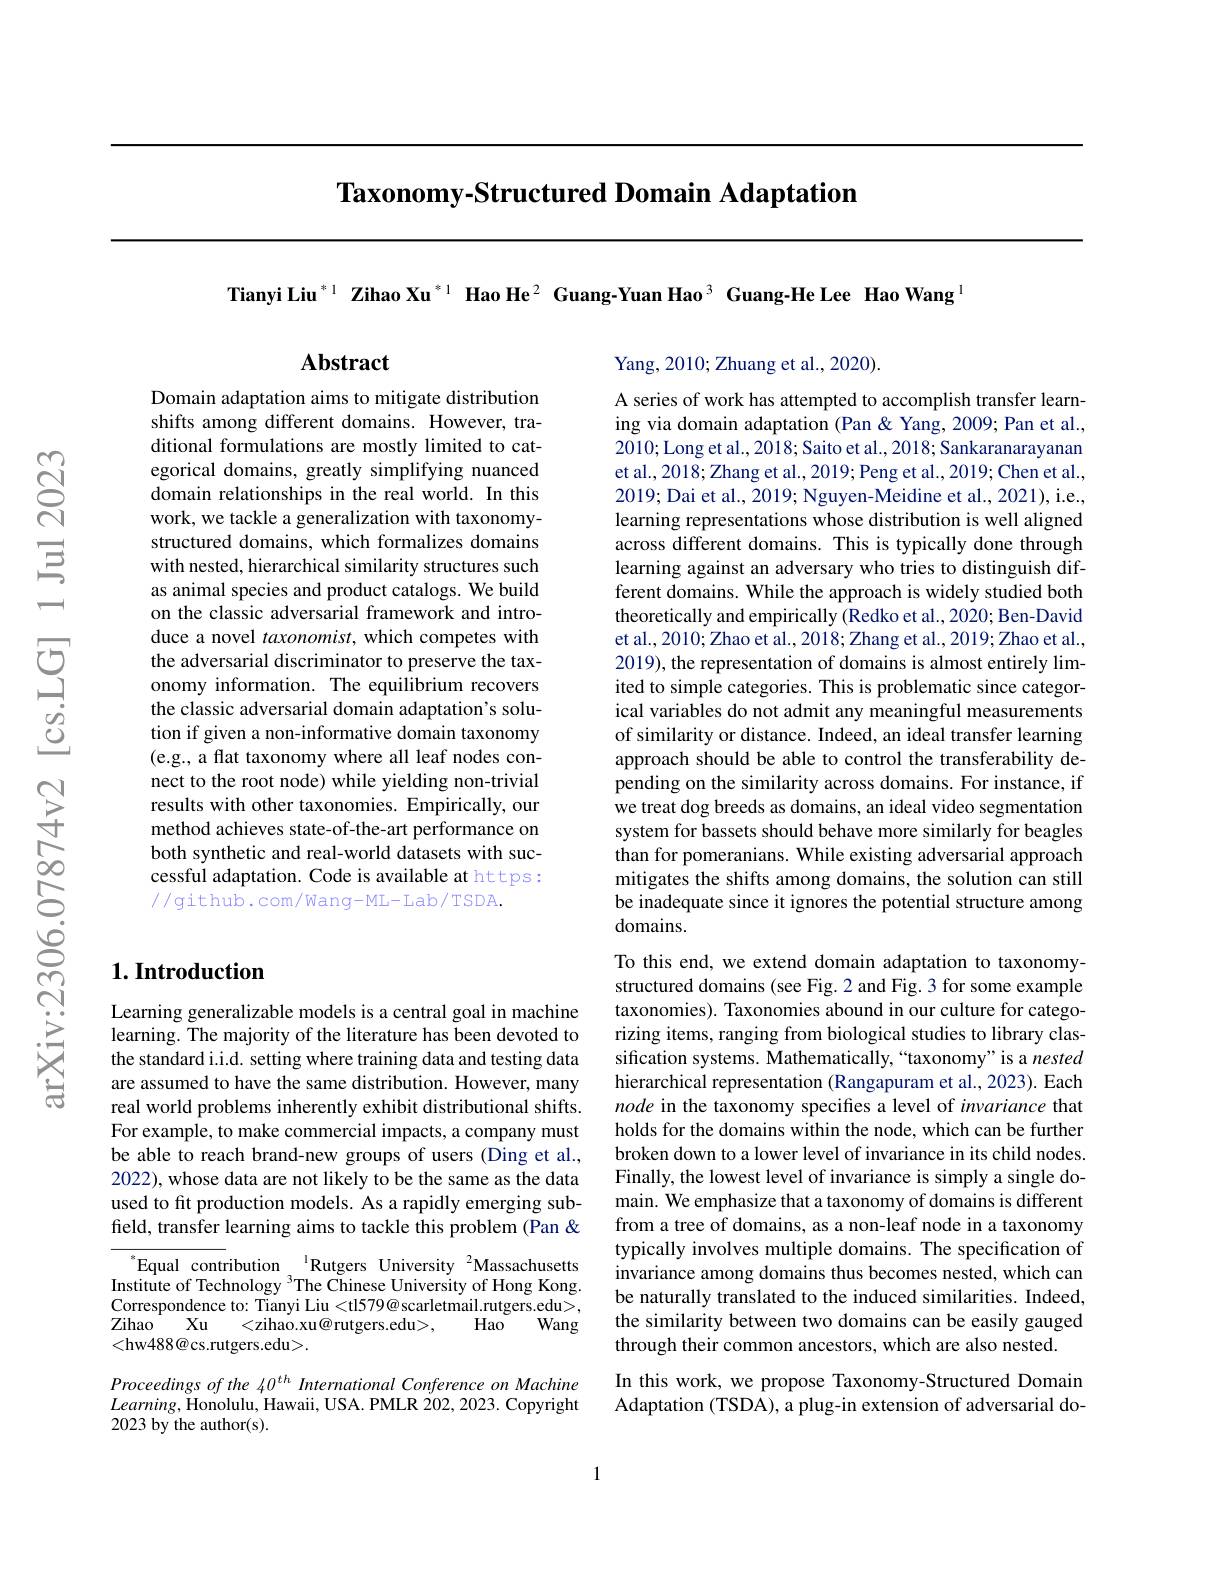
Taxonomy-Structured Domain Adaptation

Tianyi Liu$^{*1}$ Zihao Xu$^{*1}$ Hao He$^{2}$ Guang-Yuan Hao$^{3}$ Guang-He Lee Hao Wang$^{1}$

$\mathbf{Abstract}$

Domain adaptation aims to mitigate distribution shifts among different domains. However, traditional formulations are mostly limited to categorical domains, greatly simplifying nuanced domain relationships in the real world. In this work, we tackle a generalization with taxonomystructured domains, which formalizes domains with nested, hierarchical similarity structures such as animal species and product catalogs. We build on the classic adversarial framework and introduce a novel taxonomist, which competes with the adversarial discriminator to preserve the taxonomy information. The equilibrium recovers the classic adversarial domain adaptation's solution if given a non-informative domain taxonomy (e.g., a flat taxonomy where all leaf nodes connect to the root node) while yielding non-trivial results with other taxonomies. Empirically, our method achieves state-of-the-art performance on both synthetic and real-world datasets with successful adaptation. Code is available at https: //github.com/Wang-ML-Lab/TSDA.

## $1. \textbf{Introduction}$

Learning generalizable models is a central goal in machine learning. The majority of the literature has been devoted to the standard i.i.d. setting where training data and testing data are assumed to have the same distribution. However, many real world problems inherently exhibit distributional shifts. For example, to make commercial impacts, a company must be able to reach brand-new groups of users (Ding et al., 2022), whose data are not likely to be the same as the data used to ft production models. As a rapidly emerging subfield, transfer learning aims to tackle this problem (Pan &

$^{*}$Equal contribution $^{\text{I}}$Rutgers University$^{2}$Massachusetts Institute of Technology $^3$The Chinese University of Hong Kong. Correspondence to: Tianyi Liu <tl579@ scarletmail.rutgers.edu>, ${\mathrm{Zihao}}$ Xu
$<\tilde{\text{zihao.xu@rutgers.edu>}}$,
Hao $^{\mathrm{~}}$
Wang
<hw488@cs.rutgers.edu>.

Proceedings of the 40$^{th}$ International Conference on Machine $Learning$,Honolulu, Hawaii, USA. PMLR 202,2023. Copyright 2023 by the author(s).

Yang, 2010; Zhuang et al., 2020).

A series of work has attempted to accomplish transfer learning via domain adaptation (Pan & Yang, 2009; Pan et al., 2010; Long et al., 2018; Saito et al., 2018; Sankaranarayanan et al., 2018; Zhang et al., 2019; Peng et al., 2019; Chen et al., 2019; Dai et al., 2019; Nguyen-Meidine et al., 2021), i.e., learning representations whose distribution is well aligned across different domains. This is typically done through learning against an adversary who tries to distinguish different domains. While the approach is widely studied both theoretically and empirically (Redko et al., 2020; Ben-David et al., 2010; Zhao et al., 2018; Zhang et al., 2019; Zhao et al., 2019), the representation of domains is almost entirely limited to simple categories. This is problematic since categorical variables do not admit any meaningful measurements of similarity or distance. Indeed, an ideal transfer learning approach should be able to control the transferability depending on the similarity across domains. For instance, if we treat dog breeds as domains, an ideal video segmentation system for bassets should behave more similarly for beagles than for pomeranians. While existing adversarial approach mitigates the shifts among domains, the solution can still be inadequate since it ignores the potential structure among domains.
To this end, we extend domain adaptation to taxonomystructured domains (see Fig.2 and Fig.3 for some example taxonomies). Taxonomies abound in our culture for categorizing items, ranging from biological studies to library classification systems. Mathematically,“taxonomy" is a nested hierarchical representation (Rangapuram et al., 2023). Each node in the taxonomy specifies a level of invariance that holds for the domains within the node, which can be further broken down to a lower level of invariance in its child nodes. Finally, the lowest level of invariance is simply a single domain. We emphasize that a taxonomy of domains is different from a tree of domains, as a non-leaf node in a taxonomy typically involves multiple domains. The specification of invariance among domains thus becomes nested, which can be naturally translated to the induced similarities. Indeed, the similarity between two domains can be easily gauged through their common ancestors, which are also nested.
In this work, we propose Taxonomy-Structured Domain Adaptation (TSDA), a plug-in extension of adversarial do-

1